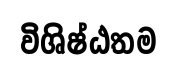
විශිෂ්ඨතම